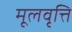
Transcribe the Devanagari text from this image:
मूलवृत्ति